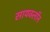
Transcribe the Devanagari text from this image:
सायक्लॉन